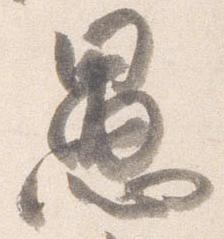
愚